画像に写った文字を読んでください
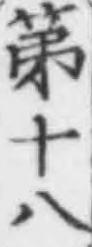
「第十八」と書いてあります